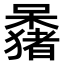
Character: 𫬕